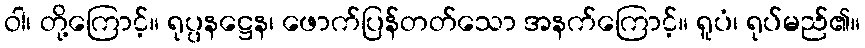
ဝါ၊ တို့ကြောင့်။ ရုပ္ပနဋ္ဌေန၊ ဖောက်ပြန်တတ်သော အနက်ကြောင့်။ ရူပံ၊ ရုပ်မည်၏။